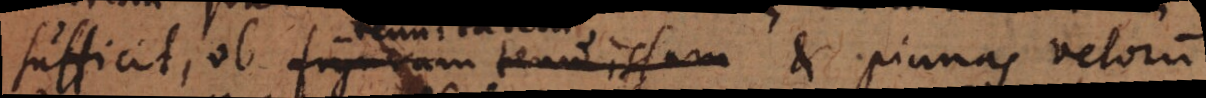
sufficit, ob figuram tenuissimam et pinnas velorum